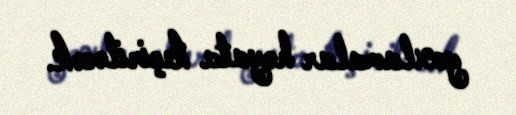
yoxlamalar həyata keçiriləcək.